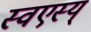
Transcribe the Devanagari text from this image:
स्वएस्य्